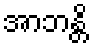
အာဘန္တိ